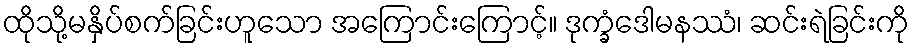
ထိုသို့မနှိပ်စက်ခြင်းဟူသော အကြောင်းကြောင့်။ ဒုက္ခံဒေါမနဿံ၊ ဆင်းရဲခြင်းကို